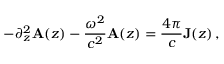
- \partial _ { z } ^ { 2 } { \bf A } ( z ) - \frac { \omega ^ { 2 } } { c ^ { 2 } } { \bf A } ( z ) = \frac { 4 \pi } { c } { \bf J } ( z ) \, ,